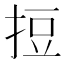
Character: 𢭃